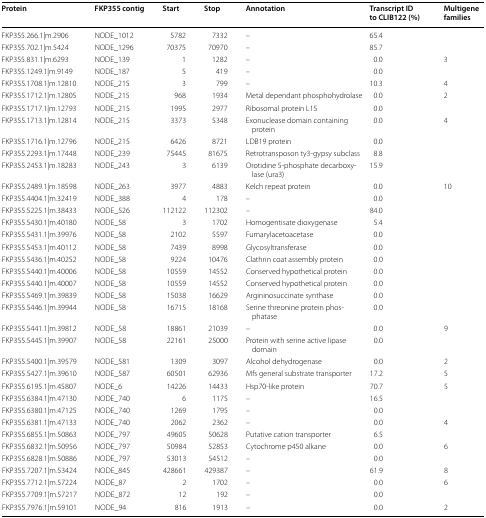
<table><thead><tr><td><b>Protein</b></td><td><b>FKP355 contig</b></td><td><b>Start</b></td><td><b>Stop</b></td><td><b>Annotation</b></td><td><b>Transcript ID to CLIB122 (%)</b></td><td><b>Multigene families</b></td></tr></thead><tbody><tr><td>FKP355.266.1|m.2906</td><td>NODE_1012</td><td>5782</td><td>7332</td><td>–</td><td>65.4</td><td></td></tr><tr><td>FKP355.702.1|m.5424</td><td>NODE_1296</td><td>70375</td><td>70970</td><td>–</td><td>85.7</td><td></td></tr><tr><td>FKP355.831.1|m.6293</td><td>NODE_139</td><td>1</td><td>1282</td><td>–</td><td>0.0</td><td>3</td></tr><tr><td>FKP355.1249.1|m.9149</td><td>NODE_187</td><td>5</td><td>419</td><td>–</td><td>0.0</td><td></td></tr><tr><td>FKP355.1708.1|m.12810</td><td>NODE_215</td><td>3</td><td>799</td><td>–</td><td>10.3</td><td>4</td></tr><tr><td>FKP355.1712.1|m.12805</td><td>NODE_215</td><td>968</td><td>1934</td><td>Metal dependant phosphohydrolase</td><td>0.0</td><td>2</td></tr><tr><td>FKP355.1717.1|m.12793</td><td>NODE_215</td><td>1995</td><td>2977</td><td>Ribosomal protein L15</td><td>0.0</td><td></td></tr><tr><td>FKP355.1713.1|m.12814</td><td>NODE_215</td><td>3373</td><td>5348</td><td>Exonuclease domain containing protein</td><td>0.0</td><td>4</td></tr><tr><td>FKP355.1716.1|m.12796</td><td>NODE_215</td><td>6426</td><td>8721</td><td>LDB19 protein</td><td>0.0</td><td></td></tr><tr><td>FKP355.2293.1|m.17448</td><td>NODE_239</td><td>75445</td><td>81675</td><td>Retrotransposon ty3-gypsy subclass</td><td>8.8</td><td></td></tr><tr><td>FKP355.2453.1|m.18283</td><td>NODE_243</td><td>3</td><td>6139</td><td>Orotidine 5-phosphate decarboxylase (ura3)</td><td>15.9</td><td></td></tr><tr><td>FKP355.2489.1|m.18598</td><td>NODE_263</td><td>3977</td><td>4883</td><td>Kelch repeat protein</td><td>0.0</td><td>10</td></tr><tr><td>FKP355.4404.1|m.32419</td><td>NODE_388</td><td>4</td><td>178</td><td>–</td><td>0.0</td><td></td></tr><tr><td>FKP355.5225.1|m.38433</td><td>NODE_526</td><td>112122</td><td>112302</td><td>–</td><td>84.0</td><td></td></tr><tr><td>FKP355.5430.1|m.40180</td><td>NODE_58</td><td>3</td><td>1702</td><td>Homogentisate dioxygenase</td><td>5.4</td><td></td></tr><tr><td>FKP355.5431.1|m.39976</td><td>NODE_58</td><td>2102</td><td>5597</td><td>Fumarylacetoacetase</td><td>0.0</td><td></td></tr><tr><td>FKP355.5453.1|m.40112</td><td>NODE_58</td><td>7439</td><td>8998</td><td>Glycosyltransferase</td><td>0.0</td><td></td></tr><tr><td>FKP355.5436.1|m.40252</td><td>NODE_58</td><td>9224</td><td>10476</td><td>Clathrin coat assembly protein</td><td>0.0</td><td></td></tr><tr><td>FKP355.5440.1|m.40006</td><td>NODE_58</td><td>10559</td><td>14552</td><td>Conserved hypothetical protein</td><td>0.0</td><td></td></tr><tr><td>FKP355.5440.1|m.40007</td><td>NODE_58</td><td>10559</td><td>14552</td><td>Conserved hypothetical protein</td><td>0.0</td><td></td></tr><tr><td>FKP355.5469.1|m.39839</td><td>NODE_58</td><td>15038</td><td>16629</td><td>Argininosuccinate synthase</td><td>0.0</td><td></td></tr><tr><td>FKP355.5446.1|m.39944</td><td>NODE_58</td><td>16715</td><td>18168</td><td>Serine threonine protein phosphatase</td><td>0.0</td><td></td></tr><tr><td>FKP355.5441.1|m.39812</td><td>NODE_58</td><td>18861</td><td>21039</td><td>–</td><td>0.0</td><td>9</td></tr><tr><td>FKP355.5445.1|m.39907</td><td>NODE_58</td><td>22161</td><td>25000</td><td>Protein with serine active lipase domain</td><td>0.0</td><td></td></tr><tr><td>FKP355.5400.1|m.39579</td><td>NODE_581</td><td>1309</td><td>3097</td><td>Alcohol dehydrogenase</td><td>0.0</td><td>2</td></tr><tr><td>FKP355.5427.1|m.39610</td><td>NODE_587</td><td>60501</td><td>62936</td><td>Mfs general substrate transporter</td><td>17.2</td><td>5</td></tr><tr><td>FKP355.6195.1|m.45807</td><td>NODE_6</td><td>14226</td><td>14433</td><td>Hsp70-like protein</td><td>70.7</td><td>5</td></tr><tr><td>FKP355.6384.1|m.47130</td><td>NODE_740</td><td>6</td><td>1175</td><td>–</td><td>16.5</td><td></td></tr><tr><td>FKP355.6380.1|m.47125</td><td>NODE_740</td><td>1269</td><td>1795</td><td>–</td><td>0.0</td><td></td></tr><tr><td>FKP355.6381.1|m.47133</td><td>NODE_740</td><td>2062</td><td>2362</td><td>–</td><td>0.0</td><td>4</td></tr><tr><td>FKP355.6855.1|m.50863</td><td>NODE_797</td><td>49605</td><td>50628</td><td>Putative cation transporter</td><td>6.5</td><td></td></tr><tr><td>FKP355.6832.1|m.50956</td><td>NODE_797</td><td>50984</td><td>52853</td><td>Cytochrome p450 alkane</td><td>0.0</td><td>6</td></tr><tr><td>FKP355.6828.1|m.50886</td><td>NODE_797</td><td>53013</td><td>54512</td><td>–</td><td>0.0</td><td></td></tr><tr><td>FKP355.7207.1|m.53424</td><td>NODE_845</td><td>428661</td><td>429387</td><td>–</td><td>61.9</td><td>8</td></tr><tr><td>FKP355.7712.1|m.57224</td><td>NODE_87</td><td>2</td><td>1702</td><td>–</td><td>0.0</td><td>6</td></tr><tr><td>FKP355.7709.1|m.57217</td><td>NODE_872</td><td>12</td><td>192</td><td>–</td><td>0.0</td><td></td></tr><tr><td>FKP355.7976.1|m.59101</td><td>NODE_94</td><td>816</td><td>1913</td><td>–</td><td>0.0</td><td>2</td></tr></tbody></table>